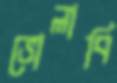
ভোলাবি